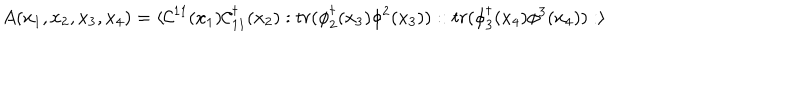
LaTeX: A ( x _ { 1 } , x _ { 2 } , x _ { 3 } , x _ { 4 } ) = \langle { \cal C } ^ { 1 1 } ( x _ { 1 } ) { \cal C } _ { 1 1 } ^ { \dagger } ( x _ { 2 } ) : t r ( \phi _ { 2 } ^ { \dagger } ( x _ { 3 } ) \phi ^ { 2 } ( x _ { 3 } ) ) : : t r ( \phi _ { 3 } ^ { \dagger } ( x _ { 4 } ) \phi ^ { 3 } ( x _ { 4 } ) ) : \rangle